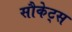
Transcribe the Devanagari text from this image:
सौकेट्स